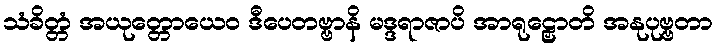
သံခိတ္တံ အယုတ္တောယေဝ ဒီပေတဗ္ဗာနိ မဒ္ဒရာဇာပိ အာရုဠှောတိ အနုပုဗ္ဗတာ